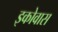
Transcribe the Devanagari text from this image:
इकोवास